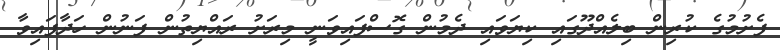
ފެށުމުގެ ކުރިން ބިލެއްދޫގައި ކިޔަވައި ދެމުން ގޮސްފައިވަނީ މިރަށު ރައްޔިތުން ފަނުން ހަދާފައިވާ